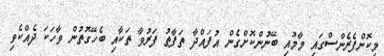
މިކޮންފެރެންސްގައި މާމުއި ބޭނުންކޮށްގެން އުފައްދާ ތަފާތު ފަރުވާ ތަކާއި ބެހޭގޮތުން ވާހަކަ ދެއްކެވި